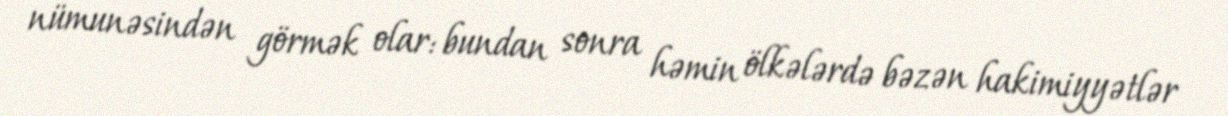
nümunəsindən görmək olar: bundan sonra həmin ölkələrdə bəzən hakimiyyətlər